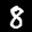
Label: 8